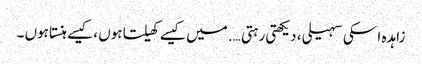
زاہدہ ا سکی سہیلی ، دیکھتی رہتی …. میں کیسے کھیلتا ہوں ،کیسے ہنستا ہوں ۔